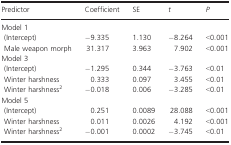
| Predictor | Coefficient | SE | t | P |
 | --- | --- | --- | --- | --- |
 | <COLSPAN=5> Model 1 |
 | (Intercept) | −9.335 | 1.130 | −8.264 | <0.001 |
 | Male weapon morph | 31.317 | 3.963 | 7.902 | <0.001 |
 | <COLSPAN=5> Model 3 |
 | (Intercept) | −1.295 | 0.344 | −3.763 | <0.01 |
 | Winter harshness | 0.333 | 0.097 | 3.455 | <0.01 |
 | Winter harshness2 | −0.018 | 0.006 | −3.285 | <0.01 |
 | <COLSPAN=5> Model 5 |
 | (Intercept) | 0.251 | 0.0089 | 28.088 | <0.001 |
 | Winter harshness | 0.011 | 0.0026 | 4.192 | <0.001 |
 | Winter harshness2 | −0.001 | 0.0002 | −3.745 | <0.01 |